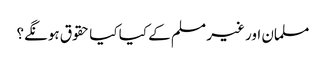
مسلمان اور غیر مسلم کے کیا کیا حقوق ہونگے؟